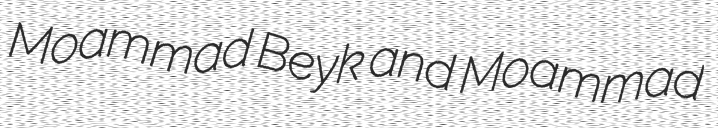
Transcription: Moḩammad Beyk and Moḩammad